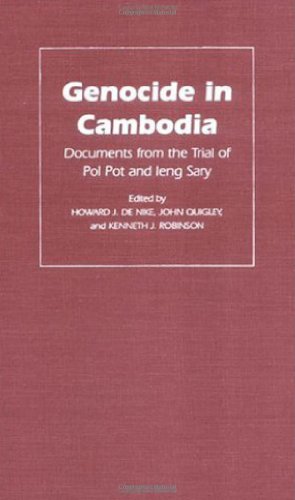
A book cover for Genocide in Cambodia: Documents from the Trial of Pol Pot and Ieng Sary (Pennsylvania Studies in Human Rights); Law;